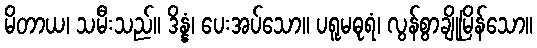
မိတာယ၊ သမီးသည်။ ဒိန္နံ၊ ပေးအပ်သော။ ပရူမဓုရံ၊ လွန်စွာချိုမြိန်သော။